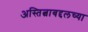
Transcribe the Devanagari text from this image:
अस्तित्वाबद्दलच्या